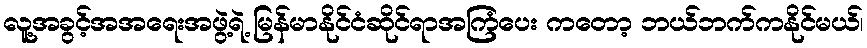
လူ့အခွင့်အအရေးအဖွဲ့ရဲ့ မြန်မာနိုင်ငံဆိုင်ရာအကြံပေး ကတော့ ဘယ်ဘက်ကနိုင်မယ်၊